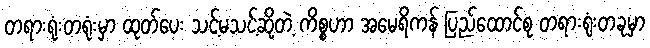
တရားရုံးတရုံးမှာ ထုတ်ပေး သင့်မသင့်ဆိုတဲ့ ကိစ္စဟာ အမေရိကန် ပြည်ထောင်စု တရားရုံးတခုမှာ